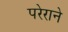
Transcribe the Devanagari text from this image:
परेराने